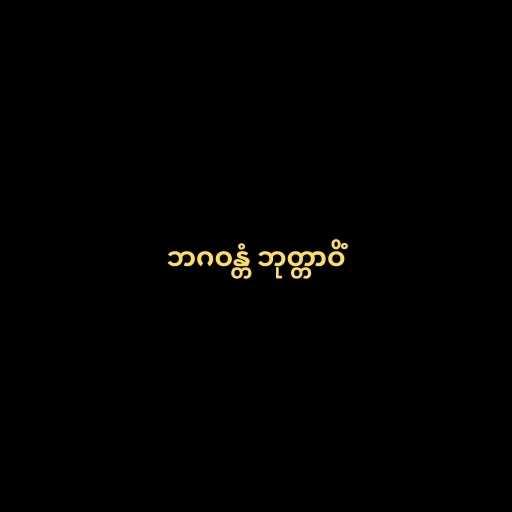
ဘဂဝန္တံ ဘုတ္တာဝိံ